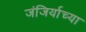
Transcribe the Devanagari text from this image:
जंजिर्याच्या